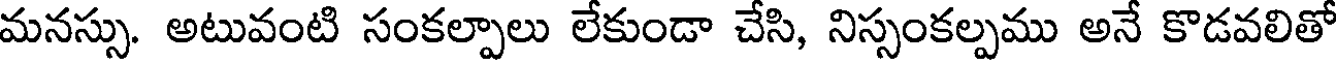
మనస్సు. అటువంటి సంకల్పాలు లేకుండా చేసి, నిస్సంకల్పము అనే కొడవలితో